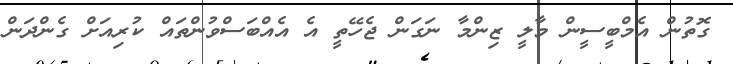
ގޮތުން އެމްބީސީން މާލީ ޒިންމާ ނަގަން ޖެހޭތީ އެ އެއްބަސްވުންތައް ކުރިއަށް ގެންދަން